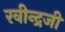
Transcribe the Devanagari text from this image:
रवीन्द्रजी